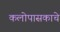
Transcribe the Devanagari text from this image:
कलोपासकाचे